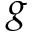
g